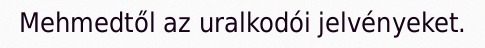
Mehmedtől az uralkodói jelvényeket.